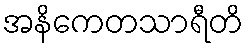
အနိကေတသာရီတိ